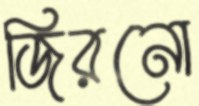
জিরনো